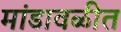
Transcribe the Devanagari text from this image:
मांडावळीत